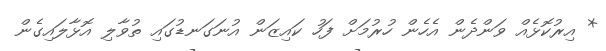
* އިރުކޮޅެއް ވަންދެން އެހެން ހުރުމަށް ފަހު ކައިޒަން އުނަގަނޑުގައި ތުވާލި އޮޅާލައިގެން